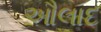
ઔલાદ